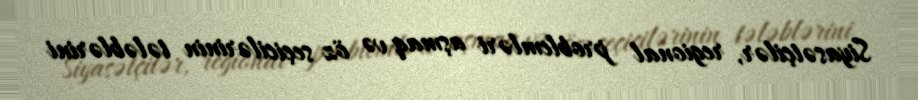
Siyasətçilər, regional problemləri aşmaq və öz seçicilərinin tələblərini